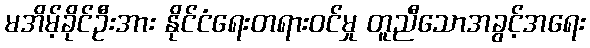
မအိမ့်ခိုင်ဦးအား နိုင်ငံရေးတရားဝင်မှု တူညီသောအခွင့်အရေး